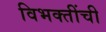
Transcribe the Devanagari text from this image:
विभक्तींची